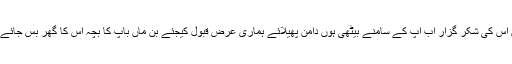
میں اس کی شکر گزار اب آپ کے سامنے بیٹھی ہوں دامن پھیلائے ہماری عرض قبول کیجئے بن ماں باپ کا بچہ اس کا گھر بس جائے گا۔